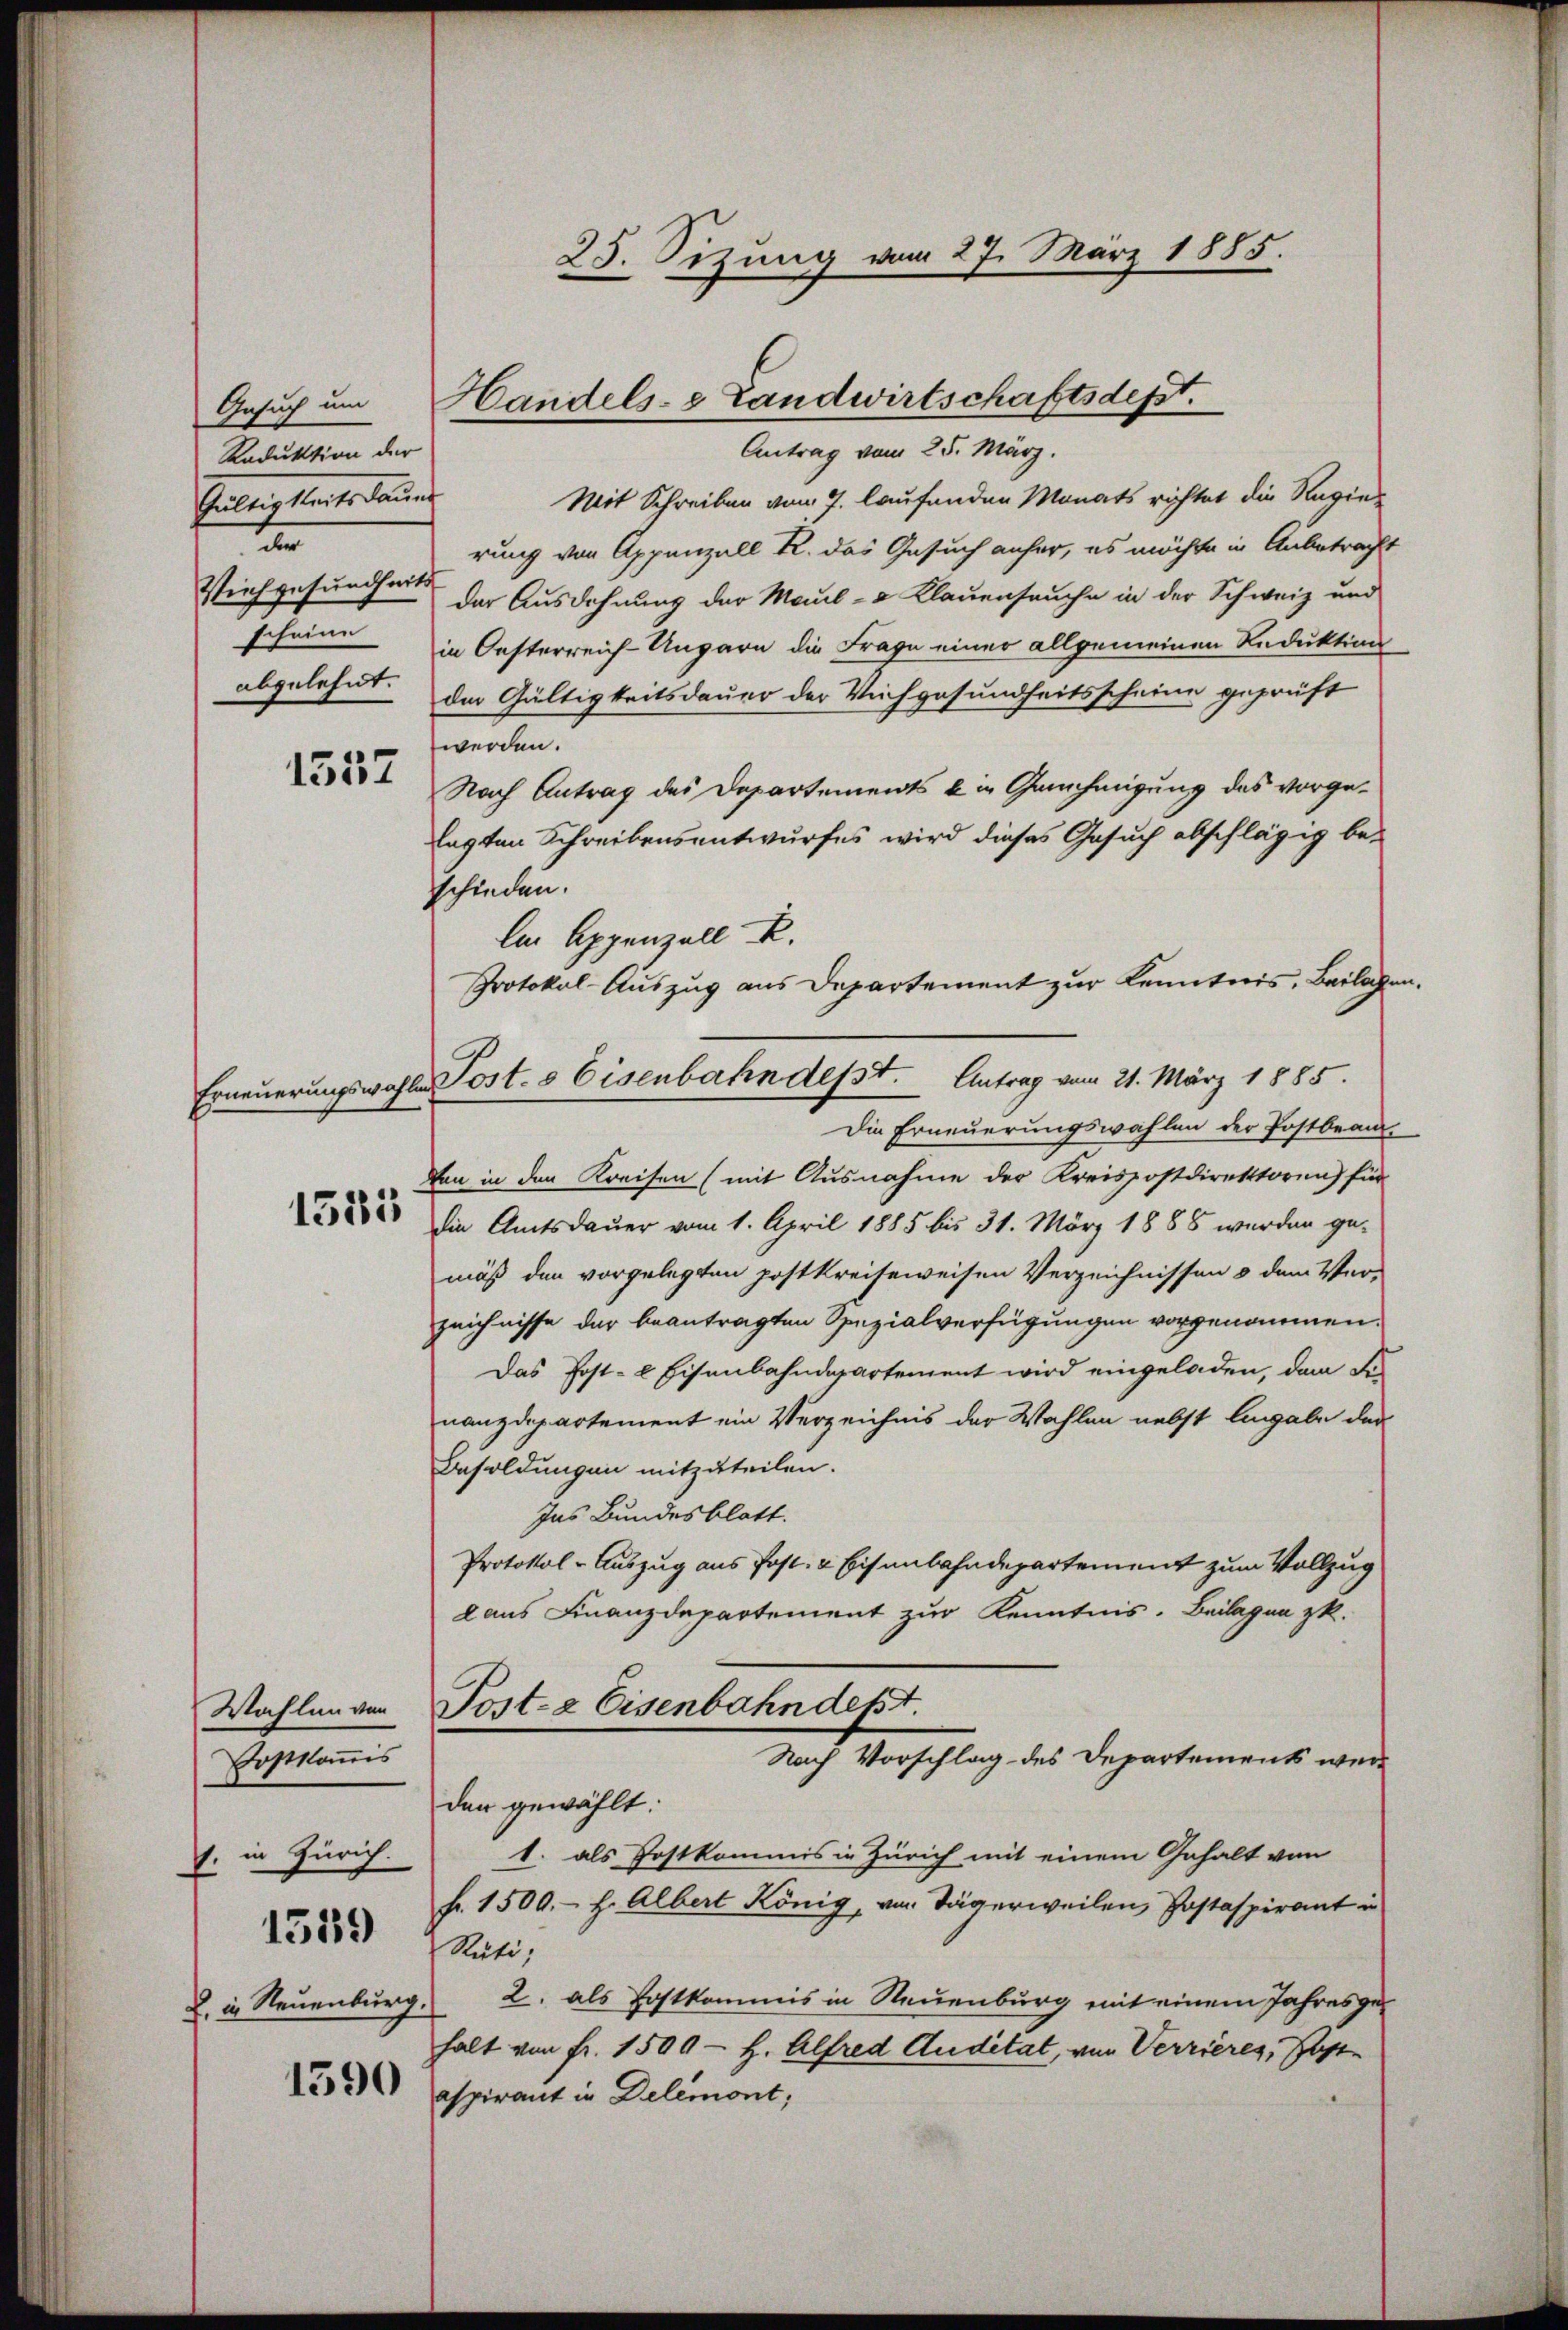
Gesuch um
Reduktion der
Galles kante ander
t
Reichgesundheits
abgelehnt.

1537

1525

Wahlen von
Postkommis
1. in Zürich.

1519

L. in Neuenburg

1590

25. Sitzung vom 27. März 1885.

Handels- Landwirtschaftsdept.
Antrag vom 25. März.

Protokol-Auszug aus Departement zur Kenntnis, Beilagen.
Erneuerungswahlen Post- & Eisenbahn desst. Antrag vom 21. März 1885.
Die Erneuerungswahlen der Postbeam-

Mit Schreiben vom 7. laufenden Monats richtet die Regierung von Appenzell R. das Gesuch anfer, es möchte in Anbetracht
der Ausdehnung der Maul- & Klauenseuche in der Schweiz und
scheine in Oesterreich-Ungarn die Frage einer allgemeinen Reduktion
der Gültigkeitsdauer der Vichgesundheitsscheine geprüft
werden.
Nach Antrag des Departements in Genehmigung des vorgelagten Schreibensentwurfes wird dieses Gesuch abschlägig beschieden.
ln Appenzell k.
von in den Kreisen (mit Ausnahme der Kreispostdirektoren) für
Die Amtsdauer vom 1. April 1885 bis 31. März 1888 wurden ge-
mäß den vorgelegten postkreiseweisen Verzeichnissen & dem Ver-
zeichnisse der beantragten Spezialverfügungen vorgenommen.
Das Post- & Eisenbahndepartement wird eingeladen, den Finanzdepartement ein Verzeichnis der Wahlen nebst Eingabe der
Besoldungen mitzuteilen.
Ins Bundesblatt.
Protokol-Auszug aus Post- & Eisenbahndepartement zum Vollzug
laus Finanzdepartement zur Kenntnis. Beilagen z.
Post- & Eisenbahndept.
Nach Vorschlag des Departement werden gewählt:
1. als Postkommis in Zürich mit einem Gehalt von
fr. 1500.- H. Albert König, von Tägerweilen, Postaspirant in
Rüti;
2. als Postkommis in Neuenburg mit einem Jahresge¬
.
halt von fr. 1500 - H. Alfred Auditat, von Verrieres, Gastaspirant in Delémont,